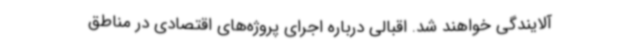
آلایندگی خواهند شد. اقبالی درباره اجرای پروژه‌های اقتصادی در مناطق